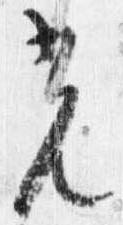
光